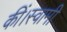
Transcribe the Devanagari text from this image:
कीं।स्वामी